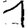
Digit: 1